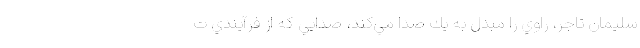
سليمان تاجر، راوي را مبدل به يك صدا مي‌كند، صدايي كه از فرآيندي ت